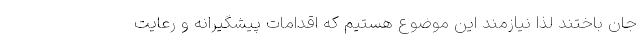
جان باختند لذا نیازمند این موضوع هستیم که اقدامات پیشگیرانه و رعایت